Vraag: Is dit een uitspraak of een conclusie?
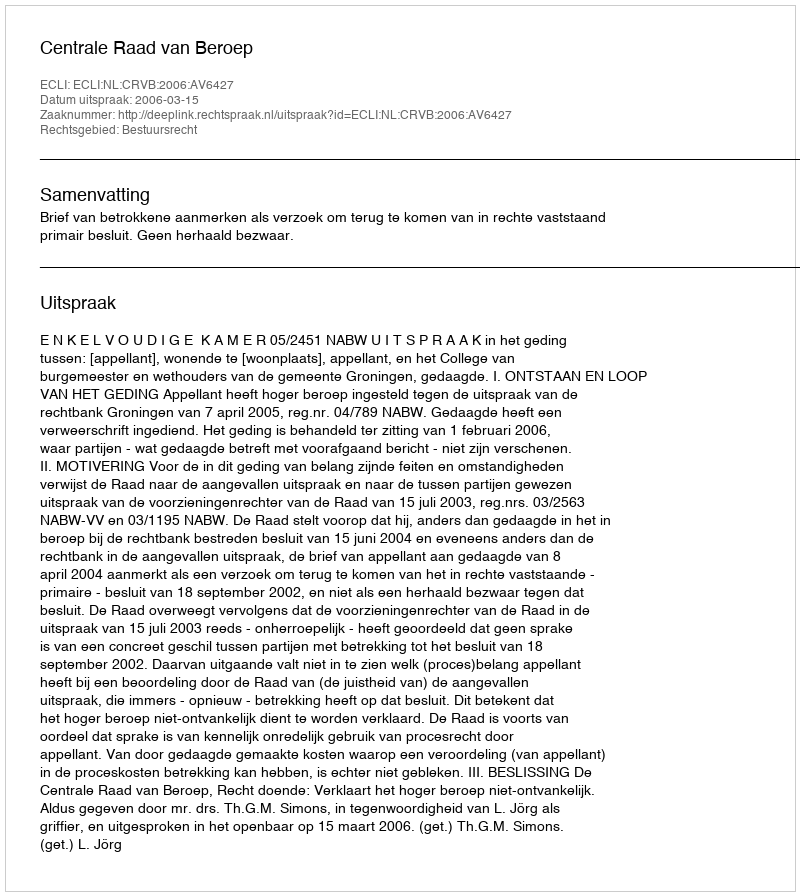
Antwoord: Uitspraak